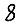
Digit: 8